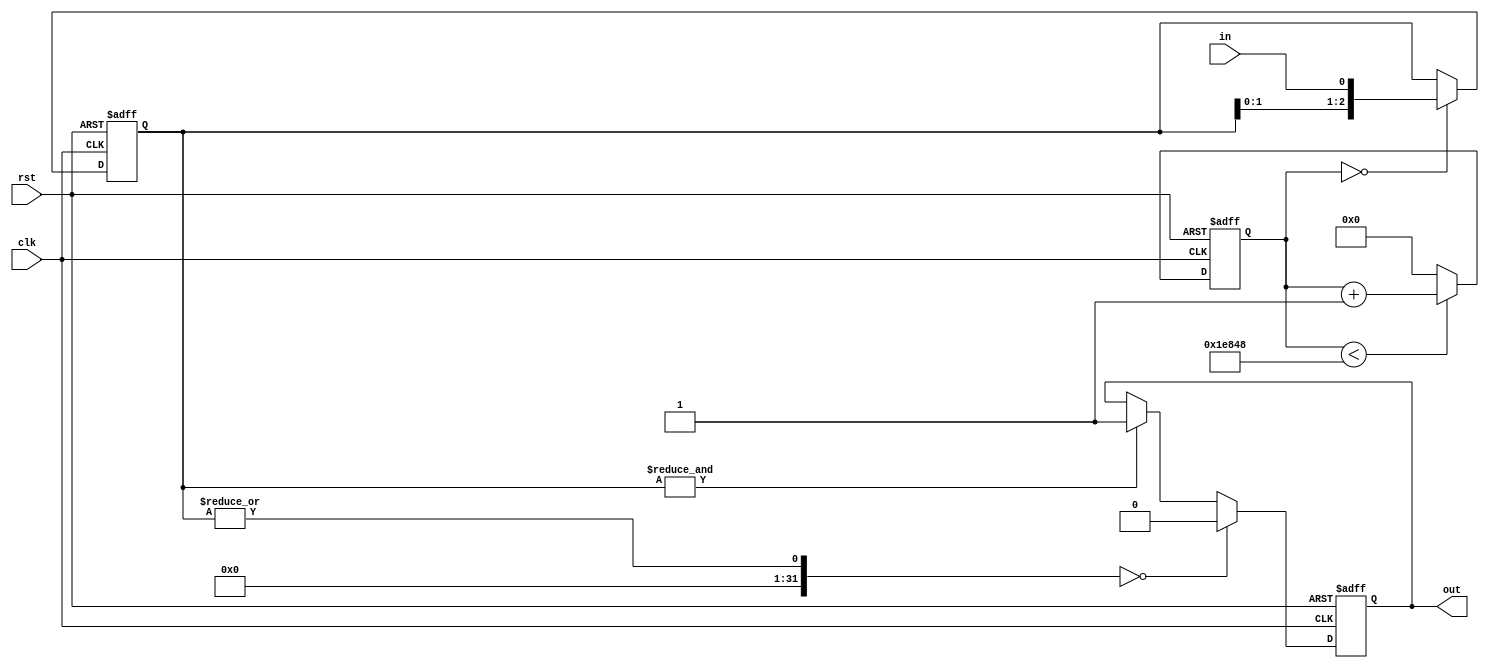
/*

Copyright (c) 2014-2018 Alex Forencich

Permission is hereby granted, free of charge, to any person obtaining a copy
of this software and associated documentation files (the "Software"), to deal
in the Software without restriction, including without limitation the rights
to use, copy, modify, merge, publish, distribute, sublicense, and/or sell
copies of the Software, and to permit persons to whom the Software is
furnished to do so, subject to the following conditions:

The above copyright notice and this permission notice shall be included in
all copies or substantial portions of the Software.

THE SOFTWARE IS PROVIDED "AS IS", WITHOUT WARRANTY OF ANY KIND, EXPRESS OR
IMPLIED, INCLUDING BUT NOT LIMITED TO THE WARRANTIES OF MERCHANTABILITY
FITNESS FOR A PARTICULAR PURPOSE AND NONINFRINGEMENT. IN NO EVENT SHALL THE
AUTHORS OR COPYRIGHT HOLDERS BE LIABLE FOR ANY CLAIM, DAMAGES OR OTHER
LIABILITY, WHETHER IN AN ACTION OF CONTRACT, TORT OR OTHERWISE, ARISING FROM,
OUT OF OR IN CONNECTION WITH THE SOFTWARE OR THE USE OR OTHER DEALINGS IN
THE SOFTWARE.

*/

// Language: Verilog-2001

`resetall
`timescale 1 ns / 1 ps
`default_nettype none

/*
 * Synchronizes switch and button inputs with a slow sampled shift register
 */
module debounce_switch  #(
    parameter WIDTH=1, // width of the input and output signals
    parameter N=3, // length of shift register
    parameter RATE=125000 // clock division factor
)(
    input wire clk,
    input wire rst,
    input wire [WIDTH-1:0] in,
    output wire [WIDTH-1:0] out
);

reg [23:0] cnt_reg = 24'd0;

reg [N-1:0] debounce_reg[WIDTH-1:0];

reg [WIDTH-1:0] state;

/*
 * The synchronized output is the state register
 */
assign out = state;

integer k;

always @(posedge clk or posedge rst) begin
    if (rst) begin
        cnt_reg <= 0;
        state <= 0;
        
        for (k = 0; k < WIDTH; k = k + 1) begin
            debounce_reg[k] <= 0;
        end
    end else begin
        if (cnt_reg < RATE) begin
            cnt_reg <= cnt_reg + 24'd1;
        end else begin
            cnt_reg <= 24'd0;
        end
        
        if (cnt_reg == 24'd0) begin
            for (k = 0; k < WIDTH; k = k + 1) begin
                debounce_reg[k] <= {debounce_reg[k][N-2:0], in[k]};
            end
        end
        
        for (k = 0; k < WIDTH; k = k + 1) begin
            if (|debounce_reg[k] == 0) begin
                state[k] <= 0;
            end else if (&debounce_reg[k] == 1) begin
                state[k] <= 1;
            end else begin
                state[k] <= state[k];
            end
        end
    end
end

endmodule

`resetall